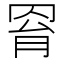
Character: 𦊰